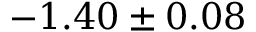
- 1 . 4 0 \pm 0 . 0 8